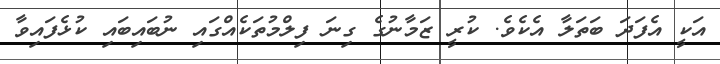
އަކީ އެފަދަ ބަތަލާ އެކެވެ. ކުރީ ޒަމާނުގެ ގިނަ ފިލްމުތަކެއްގައި ނުބައިބައި ކުޅެފައިވާ